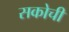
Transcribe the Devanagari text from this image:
सकोची